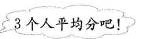
3个人平均分吧！